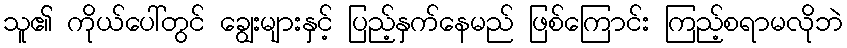
သူ၏ ကိုယ်ပေါ်တွင် ချွေးများနှင့် ပြည့်နှက်နေမည် ဖြစ်ကြောင်း ကြည့်စရာမလိုဘဲ